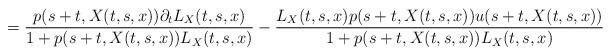
LaTeX: \begin{align*}=\frac{p(s+t,X(t,s,x))\partial_t L_X(t,s,x)}{1+p(s+t,X(t,s,x))L_X(t,s,x)}-\frac{L_X(t,s,x) p(s+t,X(t,s,x))u(s+t,X(t,s,x))}{1+p(s+t,X(t,s,x))L_X(t,s,x)}\end{align*}